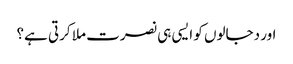
اور دجالوں کو ایسی ہی نصرت ملا کرتی ہے؟